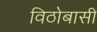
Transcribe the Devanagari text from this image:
विठोबासी